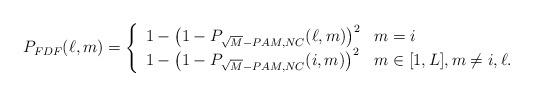
LaTeX: \begin{align*}P_{FDF}(\ell,m)=\left\{\begin{array}{ll}1-\left(1-P_{\sqrt{M}-PAM,NC}(\ell,m)\right)^2& \mbox{$m=i$}\\1-\left(1-P_{\sqrt{M}-PAM,NC}(i,m)\right)^2& \mbox{$m\in[1,L],m\neq i,\ell$}.\end{array}\right.\end{align*}